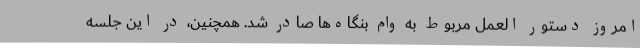
امروز دستور العمل مربوط به وام بنگاه‌ها صادر شد. همچنین، در این جلسه